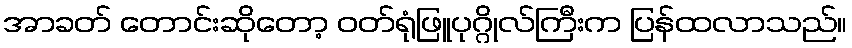
အာခတ် တောင်းဆိုတော့ ဝတ်ရုံဖြူပုဂ္ဂိုလ်ကြီးက ပြန်ထလာသည်။